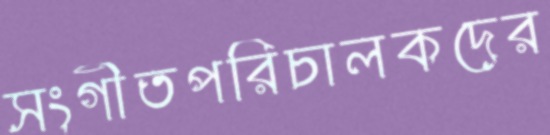
সংগীতপরিচালকদের